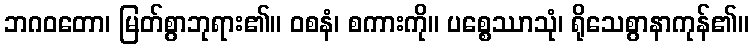
ဘဂဝတော၊ မြတ်စွာဘုရား၏။ ဝစနံ၊ စကားကို။ ပစ္စေဿာသုံ၊ ရိုသေစွာနာကုန်၏။